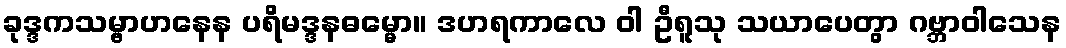
ခုဒ္ဒကသမ္ဗာဟနေန ပရိမဒ္ဒနဓမ္မော။ ဒဟရကာလေ ဝါ ဦရူသု သယာပေတွာ ဂဗ္ဘာဝါသေန